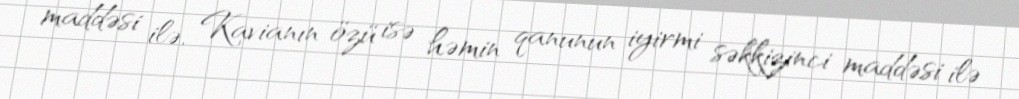
maddəsi ilə, Kavianın özü isə həmin qanunun iyirmi səkkizinci maddəsi ilə